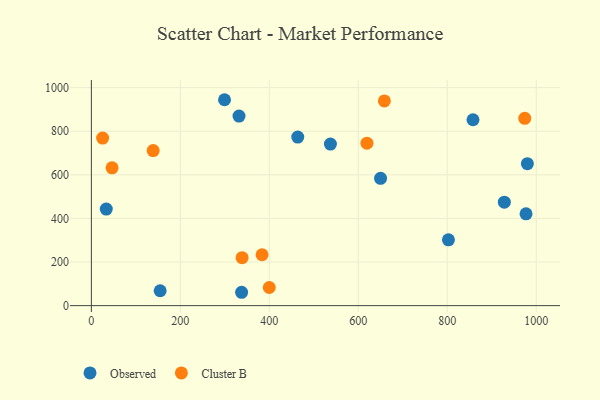
{"axis": {"x": "Distance", "y": "Demand"}, "legend": ["Cluster B", "Observed"], "data": [{"x": "857.8", "y": 852.5, "type": "Observed"}, {"x": "650.0", "y": 583.8, "type": "Observed"}, {"x": "928.2", "y": 474.4, "type": "Observed"}, {"x": "977.0", "y": 421.1, "type": "Observed"}, {"x": "463.9", "y": 773.0, "type": "Observed"}, {"x": "33.5", "y": 442.9, "type": "Observed"}, {"x": "980.0", "y": 651.3, "type": "Observed"}, {"x": "331.9", "y": 869.2, "type": "Observed"}, {"x": "802.6", "y": 301.9, "type": "Observed"}, {"x": "299.3", "y": 944.4, "type": "Observed"}, {"x": "337.7", "y": 61.3, "type": "Observed"}, {"x": "154.6", "y": 68.4, "type": "Observed"}, {"x": "537.3", "y": 741.0, "type": "Observed"}, {"x": "25.3", "y": 768.3, "type": "Cluster B"}, {"x": "138.9", "y": 711.0, "type": "Cluster B"}, {"x": "399.9", "y": 83.2, "type": "Cluster B"}, {"x": "383.7", "y": 233.3, "type": "Cluster B"}, {"x": "619.4", "y": 745.2, "type": "Cluster B"}, {"x": "658.6", "y": 939.1, "type": "Cluster B"}, {"x": "974.1", "y": 859.3, "type": "Cluster B"}, {"x": "46.5", "y": 632.2, "type": "Cluster B"}, {"x": "338.8", "y": 220.1, "type": "Cluster B"}]}